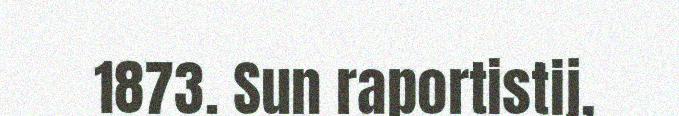
1873. Sun raportistij,